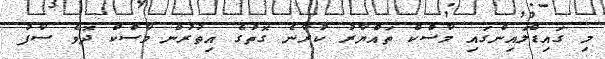
މި ގައިޑްލައިންގައި މާސްކް ތައްޔާރު ކުރާނެ ގޮތުގެ އިތުރުން މާސްކް ދޮވެ ސާފު